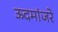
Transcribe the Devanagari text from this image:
ऊदमांजरे